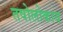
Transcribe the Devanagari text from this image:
तषोलोकाय